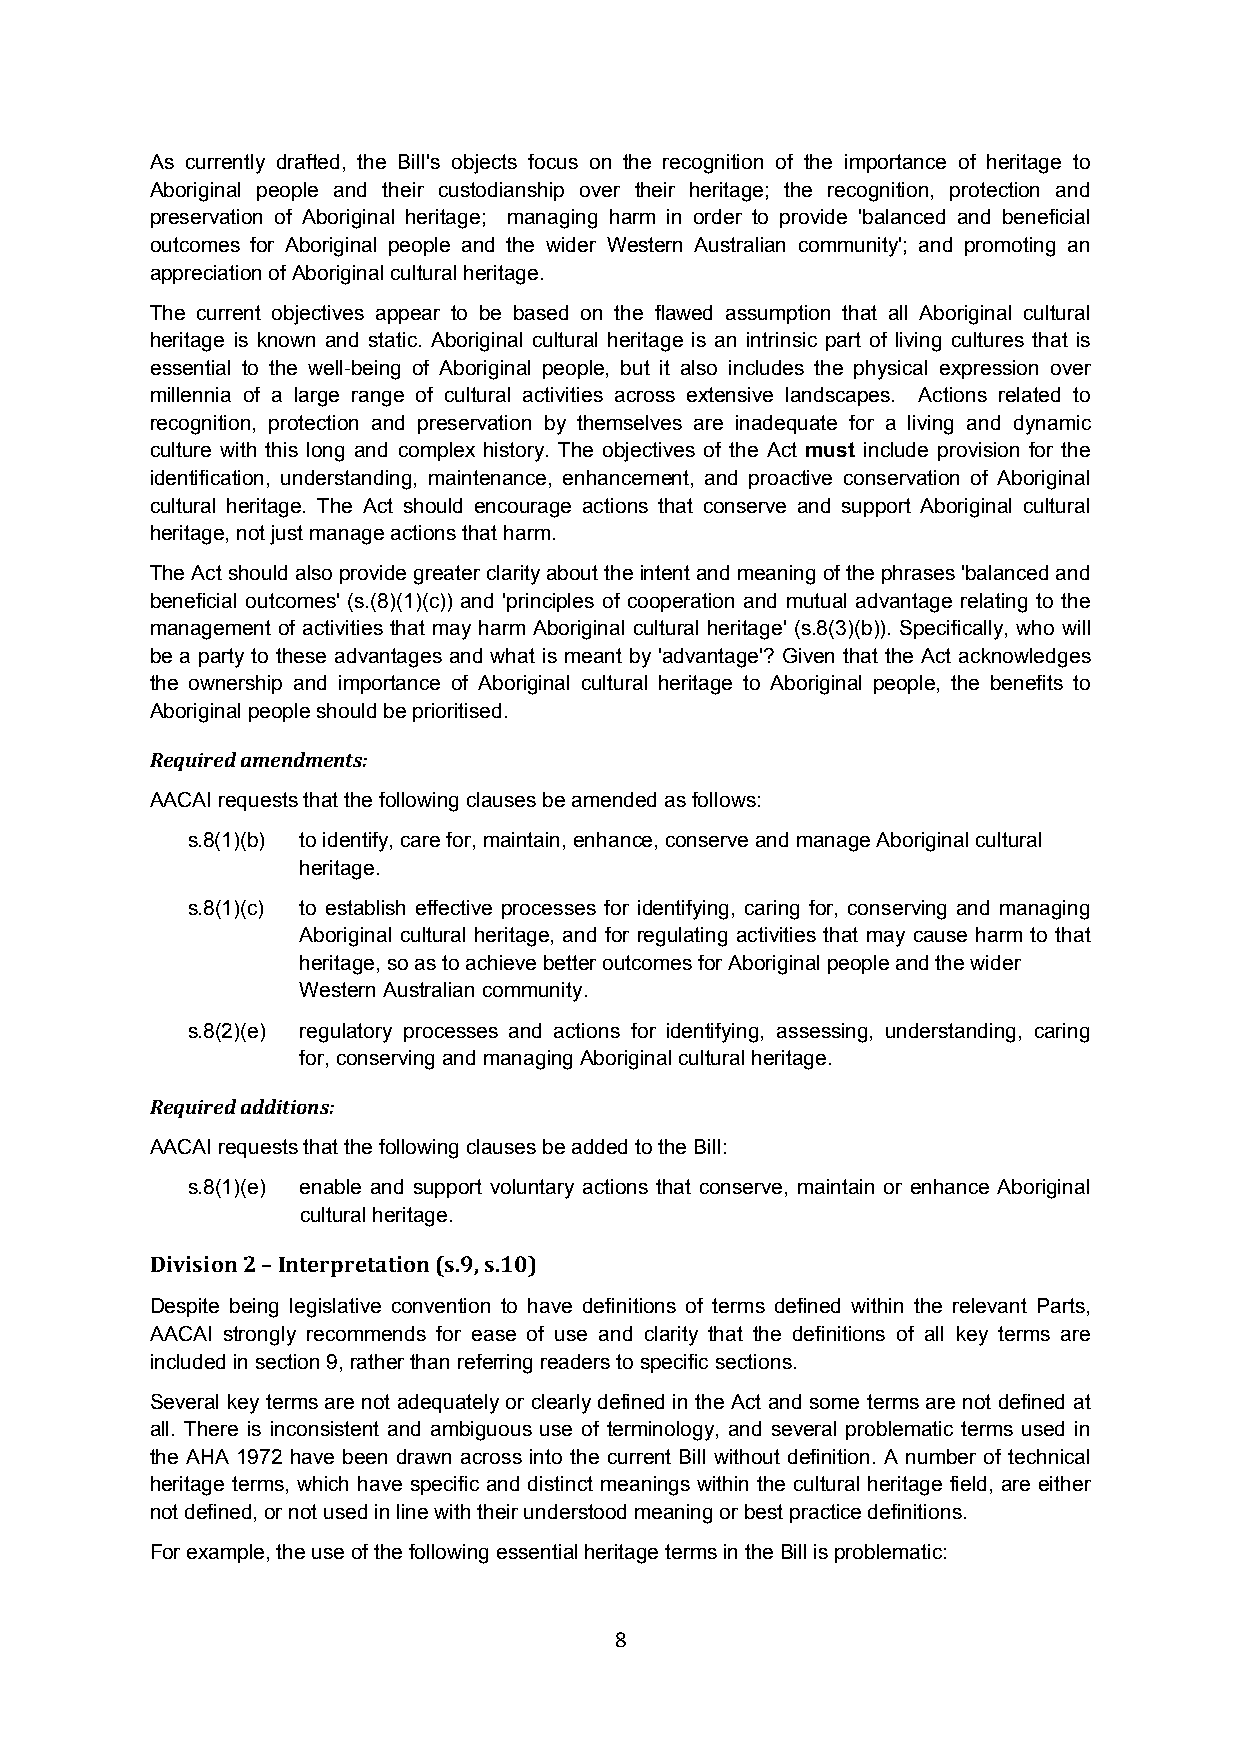
As currently drafted, the Bill's objects focus on the recognition of the importance of heritage to
 Aboriginal people and their custodianship over their heritage; the recognition, protection and
 preservation of Aboriginal heritage; managing harm in order to provide 'balanced and beneficial
 outcomes for Aboriginal people and the wider Western Australian community'; and promoting an
 appreciation of Aboriginal cultural heritage.
 The current objectives appear to be based on the flawed assumption that all Aboriginal cultural
 heritage is known and static. Aboriginal cultural heritage is an intrinsic part of living cultures that is
 essential to the well-being of Aboriginal people, but it also includes the physical expression over
 millennia of a large range of cultural activities across extensive landscapes. Actions related to
 recognition, protection and preservation by themselves are inadequate for a living and dynamic
 culture with this long and complex history. The objectives of the Act must include provision for the
 identification, understanding, maintenance, enhancement, and proactive conservation of Aboriginal
 cultural heritage. The Act should encourage actions that conserve and support Aboriginal cultural
 heritage, not just manage actions that harm.
 The Act should also provide greater clarity about the intent and meaning of the phrases 'balanced and
 beneficial outcomes' (s.(8)(1)(c)) and 'principles of cooperation and mutual advantage relating to the
 management of activities that may harm Aboriginal cultural heritage' (s.8(3)(b)). Specifically, who will
 be a party to these advantages and what is meant by 'advantage'? Given that the Act acknowledges
 the ownership and importance of Aboriginal cultural heritage to Aboriginal people, the benefits to
 Aboriginal people should be prioritised.
 Required amendments:
 AACAI requests that the following clauses be amended as follows:
 s.8(1)(b) to identify, care for, maintain, enhance, conserve and manage Aboriginal cultural
 heritage.
 s.8(1)(c) to establish effective processes for identifying, caring for, conserving and managing
 Aboriginal cultural heritage, and for regulating activities that may cause harm to that
 heritage, so as to achieve better outcomes for Aboriginal people and the wider
 Western Australian community.
 s.8(2)(e) regulatory processes and actions for identifying, assessing, understanding, caring
 for, conserving and managing Aboriginal cultural heritage.
 Required additions:
 AACAI requests that the following clauses be added to the Bill:
 s.8(1)(e) enable and support voluntary actions that conserve, maintain or enhance Aboriginal
 cultural heritage.
 Division 2 – Interpretation (s.9, s.10)
 Despite being legislative convention to have definitions of terms defined within the relevant Parts,
 AACAI strongly recommends for ease of use and clarity that the definitions of all key terms are
 included in section 9, rather than referring readers to specific sections.
 Several key terms are not adequately or clearly defined in the Act and some terms are not defined at
 all. There is inconsistent and ambiguous use of terminology, and several problematic terms used in
 the AHA 1972 have been drawn across into the current Bill without definition. A number of technical
 heritage terms, which have specific and distinct meanings within the cultural heritage field, are either
 not defined, or not used in line with their understood meaning or best practice definitions.
 For example, the use of the following essential heritage terms in the Bill is problematic:
 8